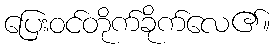
ပြေးဝင်တိုက်ခိုက်လေ၏။